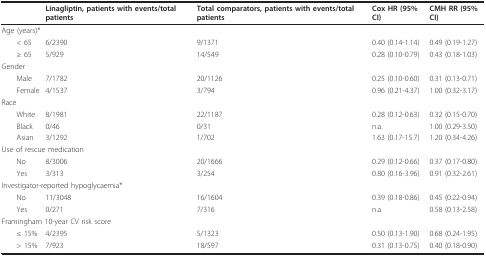
|  | Linagliptin, patients with events/total patients | Total comparators, patients with events/total patients | Cox HR (95% CI) | CMH RR (95% CI) |
 | --- | --- | --- | --- | --- |
 | <COLSPAN=5> Age (years)* |
 | < 65 | 6/2390 | 9/1371 | 0.40 (0.14-1.14) | 0.49 (0.19-1.27) |
 | ≥ 65 | 5/929 | 14/549 | 0.28 (0.10-0.79) | 0.43 (0.18-1.03) |
 | <COLSPAN=5> Gender |
 | Male | 7/1782 | 20/1126 | 0.25 (0.10-0.60) | 0.31 (0.13-0.71) |
 | Female | 4/1537 | 3/794 | 0.96 (0.21-4.37) | 1.00 (0.32-3.17) |
 | <COLSPAN=5> Race |
 | White | 8/1981 | 22/1187 | 0.28 (0.12-0.63) | 0.32 (0.15-0.70) |
 | Black | 0/46 | 0/31 | n.a. | 1.00 (0.29-3.50) |
 | Asian | 3/1292 | 1/702 | 1.63 (0.17-15.7) | 1.20 (0.34-4.26) |
 | <COLSPAN=5> Use of rescue medication |
 | No | 8/3006 | 20/1666 | 0.29 (0.12-0.66) | 0.37 (0.17-0.80) |
 | Yes | 3/313 | 3/254 | 0.80 (0.16-3.96) | 0.91 (0.32-2.61) |
 | <COLSPAN=5> Investigator-reported hypoglycaemia* |
 | No | 11/3048 | 16/1604 | 0.39 (0.18-0.86) | 0.45 (0.22-0.94) |
 | Yes | 0/271 | 7/316 | n.a. | 0.58 (0.13-2.58) |
 | <COLSPAN=5> Framingham 10-year CV risk score |
 | ≤ 15% | 4/2395 | 5/1323 | 0.50 (0.13-1.90) | 0.68 (0.24-1.95) |
 | > 15% | 7/923 | 18/597 | 0.31 (0.13-0.75) | 0.40 (0.18-0.90) |